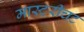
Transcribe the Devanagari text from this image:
मास्टरीचट